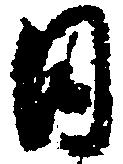
日